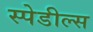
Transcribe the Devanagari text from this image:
स्पेडील्स